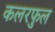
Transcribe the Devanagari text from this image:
कलरफुल